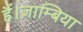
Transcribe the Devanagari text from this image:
हैं।ज़ाम्बिया